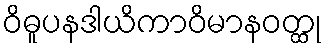
ဝိဓူပနဒါယိကာဝိမာနဝတ္ထု